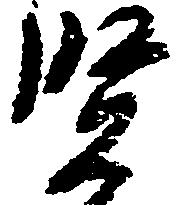
賢